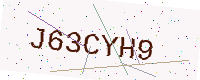
Text: J63CYH9